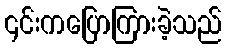
၎င်းကပြောကြားခဲ့သည်